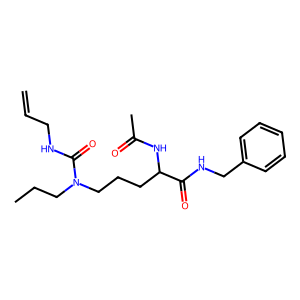
SMILES: C=CCNC(=O)N(CCC)CCCC(NC(C)=O)C(=O)NCc1ccccc1
Inhibits HIV replication: No